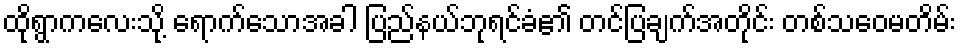
ထိုရွာကလေးသို့ ရောက်သောအခါ ပြည်နယ်ဘုရင်ခံ၏ တင်ပြချက်အတိုင်း တစ်သဝေမတိမ်း